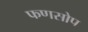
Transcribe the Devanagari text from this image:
फणसोप